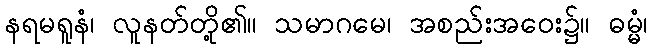
နရမရူနံ၊ လူနတ်တို့၏။ သမာဂမေ၊ အစည်းအဝေး၌။ ဓမ္မံ၊